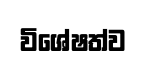
විශේෂත්ව